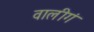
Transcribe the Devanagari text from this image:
वालीगं